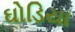
ઘોડિયા